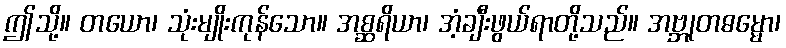
ဤသို့။ တယော၊ သုံးမျိုးကုန်သော။ အစ္ဆရိယာ၊ အံ့ချီးဖွယ်ရာတို့သည်။ အဗ္ဘုတဓမ္မော၊